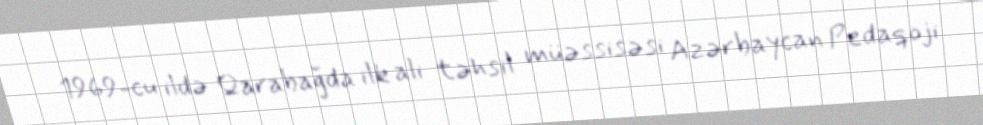
1969-cu ildə Qarabağda ilk ali təhsil müəssisəsi Azərbaycan Pedaqoji